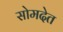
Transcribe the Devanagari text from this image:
सोमदेत